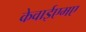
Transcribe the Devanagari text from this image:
केवाईएमए